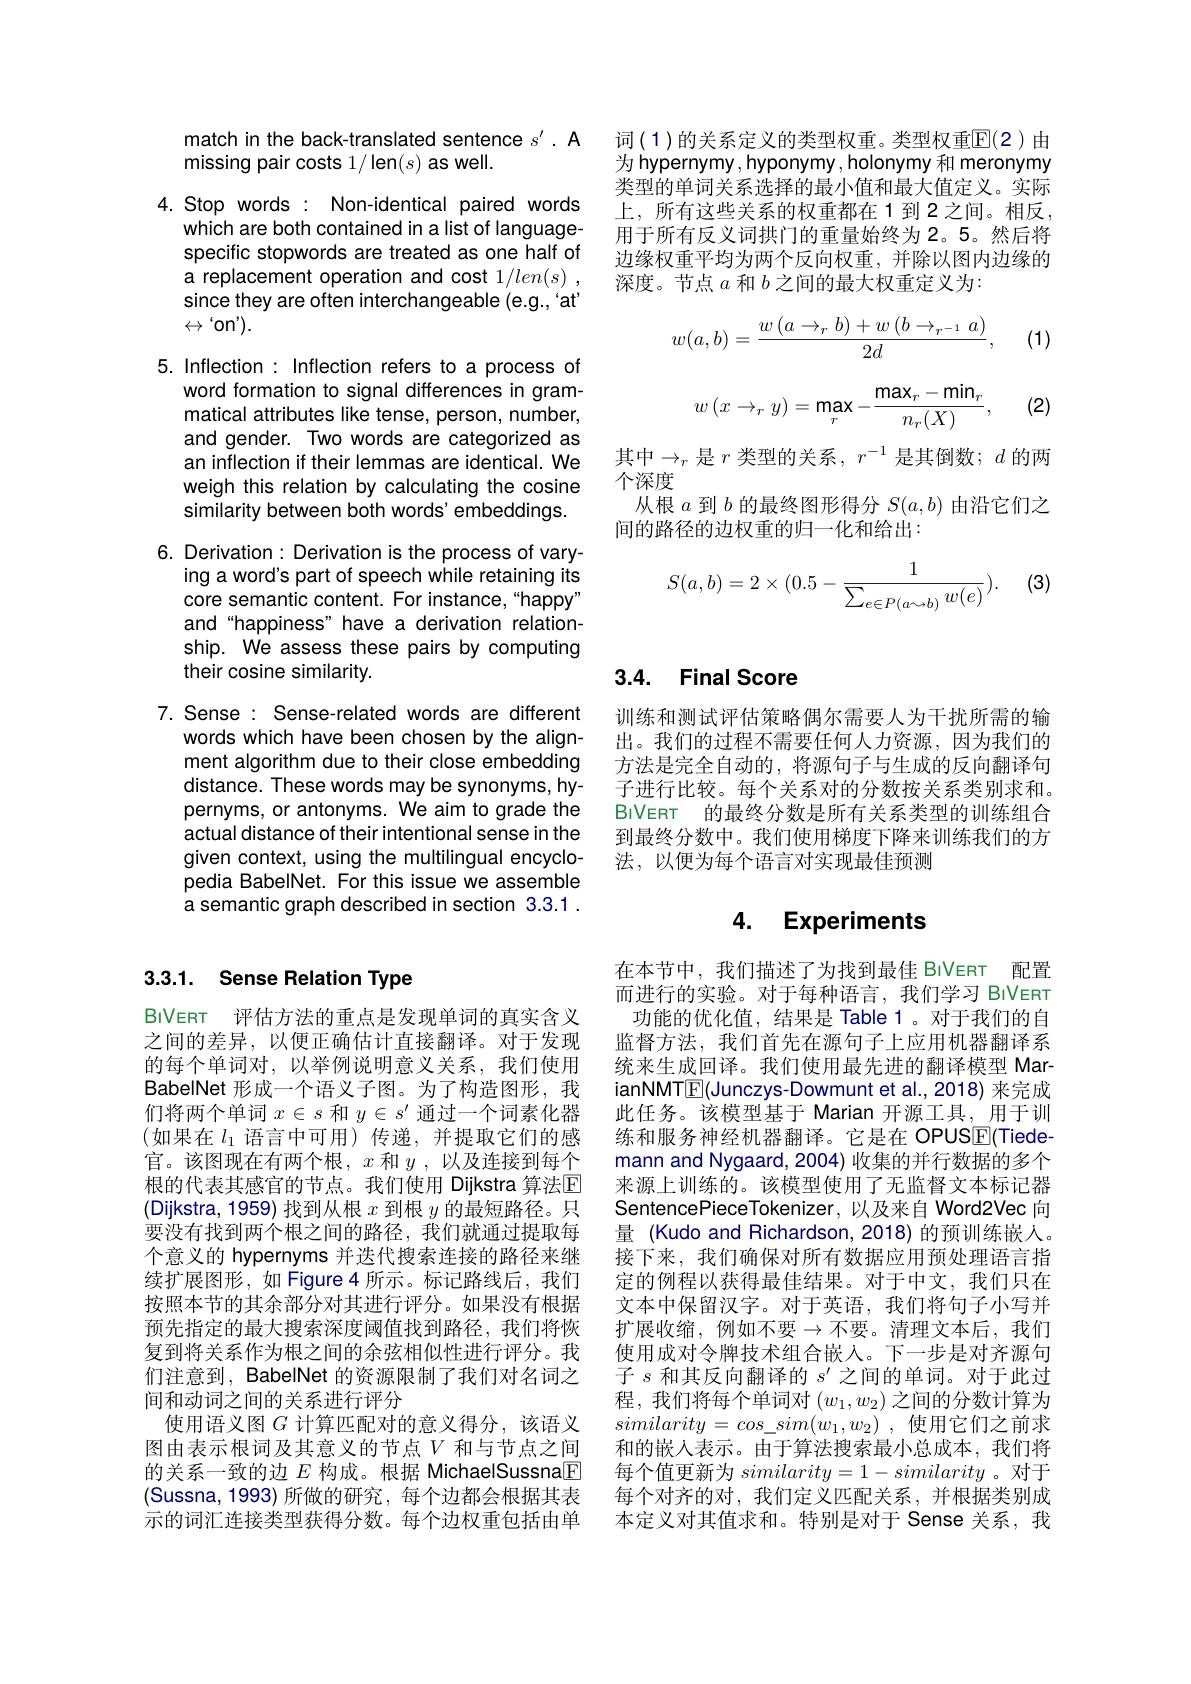
match in the back-translated sentence $s^{\prime}.$ A
missing pair costs 1/ len(s) as well.

4. Stop words : Non-identical paired words
which are both contained in a list of languagespecific stopwords are treated as one half of a replacement operation and cost $1/ len( s)$ , since they are often interchangeable (e.g., 'at' $\leftrightarrow$'on').

5. Inflection: Inflection refers to a process of
word formation to signal differences in grammatical attributes like tense, person, number, and gender. Two words are categorized as an inflection if their lemmas are identical. We weigh this relation by calculating the cosine similarity between both words' embeddings. 6. Derivation: Derivation is the process of vary-
ing a word's part of speech while retaining its core semantic content. For instance,“happy” and “happiness” have a derivation relationship. We assess these pairs by computing their cosine similarity.
7. Sense: Sense-related words are different
words which have been chosen by the alignment algorithm due to their close embedding distance. These words may be synonyms, hypernyms, or antonyms. We aim to grade the actual distance of their intentional sense in the given context, using the multilingual encyclopedia BabelNet. For this issue we assemble

a semantic graph described in section 3.3.1 .

词(1)的关系定义的类型权重。类型权重$\overline{\mathbb{E}}(2$ )由为 hypernymy, hyponymy, holonymy 和 meronymy 类型的单词关系选择的最小值和最大值定义。实际上，所有这些关系的权重都在1到2之间。相反， 用于所有反义词拱门的重量始终为2。5。然后将边缘权重平均为两个反向权重，并除以图内边缘的深度。节点$a$和$b$之间的最大权重定义为

(1)
$$w(a,b)=\frac{w\left(a\to_rb\right)+w\left(b\to_{r^{-1}}a\right)}{2d},$$
$$w\left(x\to_ry\right)=\max_r-\frac{\max_r-\min_r}{n_r(X)},$$
(2)

其中$\to_r$ 是 $r$ 类型的关系$,r^-1$ 是其倒数$;d$ 的两
个深度
从根$a$到$b$的最终图形得分$S(a,b)$由沿它们之
间的路径的边权重的归一化和给出：

(3)
$$S(a,b)=2\times(0.5-\frac{1}{\sum_{e\in P(a\sim b)}w(e)}).$$
# 3.3.1. Sense Relation Type

BIVERT 评估方法的重点是发现单词的真实含义之间的差异，以便正确估计直接翻译。对于发现的每个单词对，以举例说明意义关系，我们使用BabeINet 形成一个语义子图。为了构造图形，我们将两个单词$x\in s$和$y\in s^\prime$通过一个词素化器(如果在 $l_1$ 语言中可用)传递，并提取它们的感官。该图现在有两个根，$x$ 和$y$,以及连接到每个根的代表其感官的节点。我们使用 Dijkstra 算法$\mathbb{E}$ (Dijkstra, 1959) 找到从根$x$到根$y$的最短路径。只要没有找到两个根之间的路径，我们就通过提取每个意义的 hypernyms 并迭代搜索连接的路径来继续扩展图形，如 Figure 4 所示。标记路线后，我们按照本节的其余部分对其进行评分。如果没有根据预先指定的最大搜索深度阈值找到路径，我们将恢复到将关系作为根之间的余弦相似性进行评分。我们注意到，BabelNet 的资源限制了我们对名词之间和动词之间的关系进行评分
使用语义图$G$计算匹配对的意义得分，该语义图由表示根词及其意义的节点$V$ 和与节点之间的关系一致的边$E$构成。根据 MichaelSussna[F] (Sussna,1993)所做的研究，每个边都会根据其表示的词汇连接类型获得分数。每个边权重包括由单

### 3.4. Final Score

训练和测试评估策略偶尔需要人为干扰所需的输出。我们的过程不需要任何人力资源，因为我们的方法是完全自动的，将源句子与生成的反向翻译句子进行比较。每个关系对的分数按关系类别求和。BIVERT 的最终分数是所有关系类型的训练组合到最终分数中。我们使用梯度下降来训练我们的方法，以便为每个语言对实现最佳预测

### 4. Experiments

在本节中，我们描述了为找到最佳 BIVERT 配置而进行的实验。对于每种语言，我们学习 BIVeRT 功能的优化值，结果是 Table 1。对于我们的自监督方法，我们首先在源句子上应用机器翻译系统来生成回译。我们使用最先进的翻译模型 MarianNMTE(Junczys-Dowmunt et al.,2018) 来完成此任务。该模型基于 Marian 开源工具，用于训练和服务神经机器翻译。它是在 OPUSE(Tiedemann and Nygaard, 2004) 收集的并行数据的多个来源上训练的。该模型使用了无监督文本标记器SentencePieceTokenizer, 以及来自 Word2Vec 向量 (Kudo and Richardson, 2018) 的预训练嵌人。接下来，我们确保对所有数据应用预处理语言指定的例程以获得最佳结果。对于中文，我们只在文本中保留汉字。对于英语，我们将句子小写并扩展收缩，例如不要$\to$不要。清理文本后，我们使用成对令牌技术组合嵌入。下一步是对齐源句子$s$和其反向翻译的$s^\prime$之间的单词。对于此过程，我们将每个单词对$(w_1,w_2)$之间的分数计算为$similarity= cos\_ sim( w_{1}, w_{2})$ ,使用它们之前求和的嵌入表示。由于算法搜索最小总成本，我们将每个值更新为$similarity=1-similarity$。对于每个对齐的对，我们定义匹配关系，并根据类别成本定义对其值求和。特别是对于 Sense 关系，我